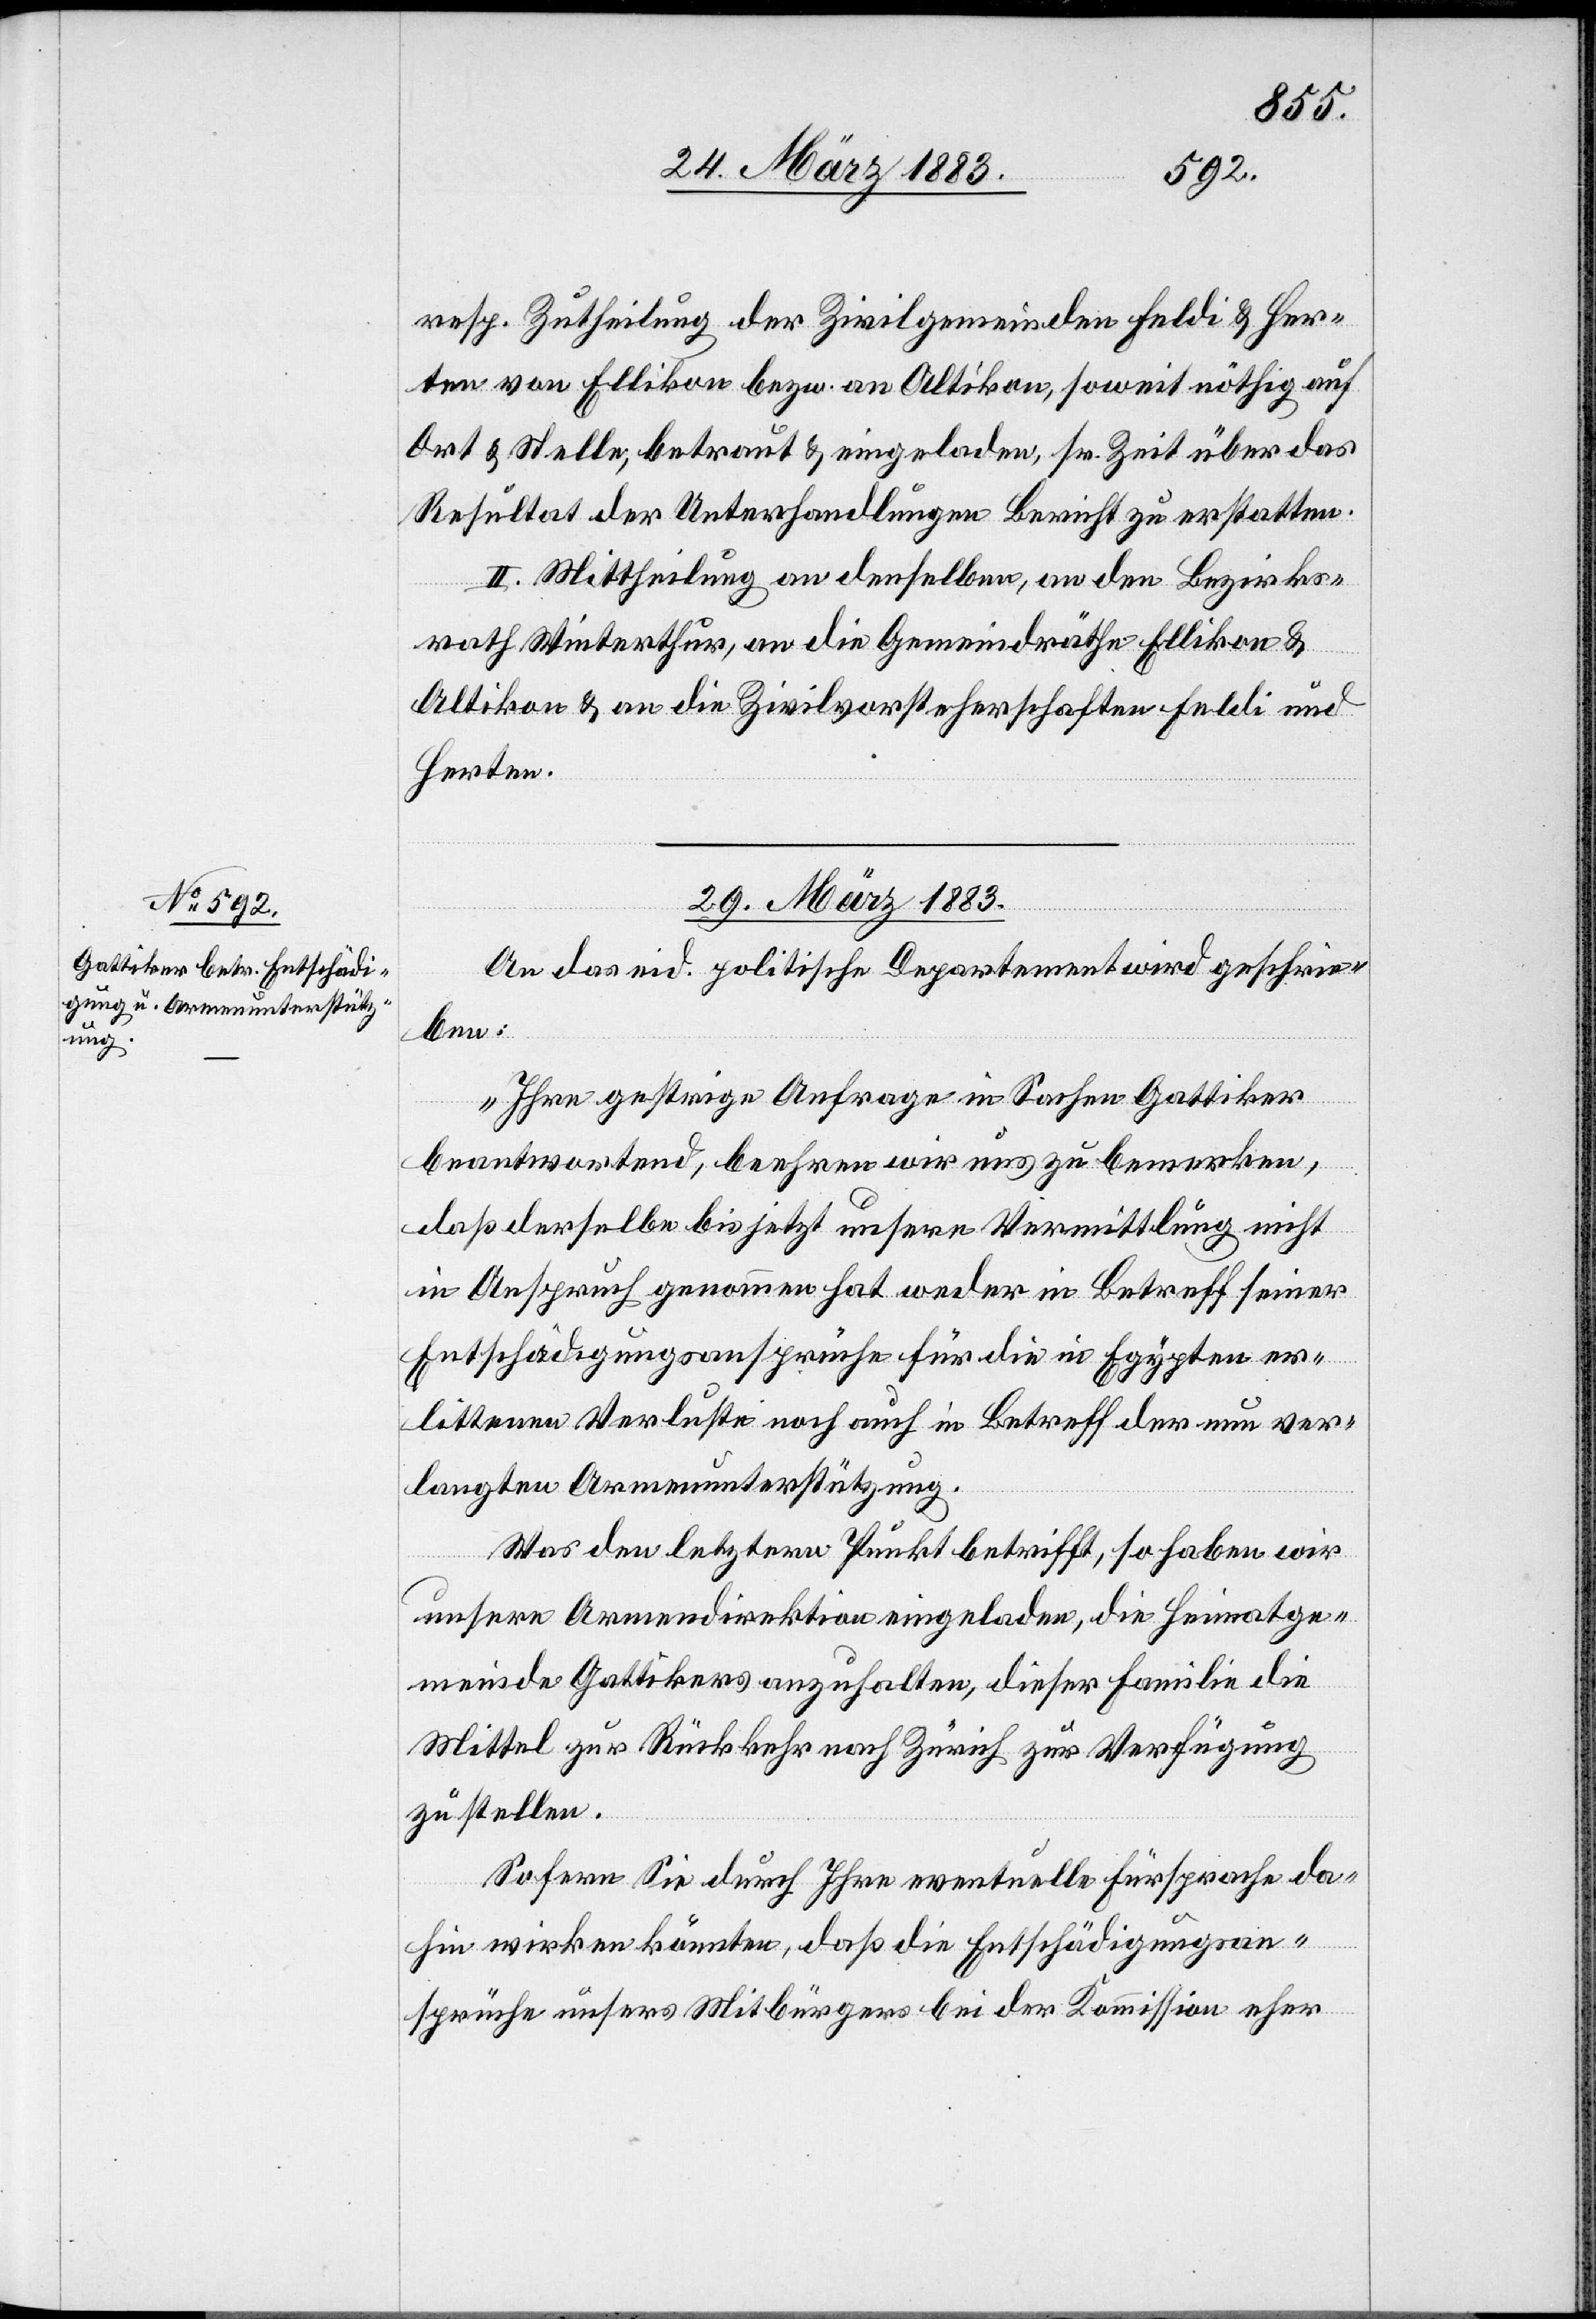
resp. Zutheilung der Zivilgemeinden Feldi & Her¬
ten von Ellikon bezw. an Altikon, soweit nöthig auf
Ort & Stelle, betraut & eingeladen, sr. Zeit über das
Resultat der Unterhandlungen Bericht zu erstatten.
II. Mittheilung an denselben, an den Bezirks¬
rath Winterthur, an die Gemeindräthe Ellikon &
Altikon & an die Zivilvorsteherschaften Feldi und
Herten.
29. März 1883.
An das eid. politische Departement wird geschrie¬
ben:
„Ihre gestrige Anfrage in Sachen Gattiker
beantwortend, beehren wir uns zu bemerken,
daß derselbe bis jetzt unsere Vermittlung nicht
in Anspruch genommen hat weder in Betreff seiner
Entschädigungsansprüche für die in Egypten er¬
littenen Verluste noch auch in Betreff der nun ver¬
langen Armenunterstützung.
Was den letztern Punkt betrifft, so haben wir
unsere Armendirektion eingeladen, die Heimatge¬
meinde Gattikers anzuhalten, dieser Familie die
Mittel zur Rückkehr nach Zürich zur Verfügung
zu stellen.
Sofern Sie durch Ihre eventuelle Fürsprache da¬
hin wirken könnten, daß die Entschädigungsan¬
sprüche unsers Mitbürgers bei der Kommission eher